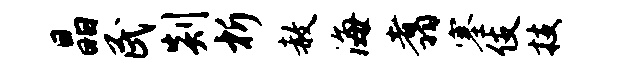
晶民剡析赦海翥塞伎技